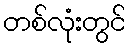
တစ်လုံးတွင်